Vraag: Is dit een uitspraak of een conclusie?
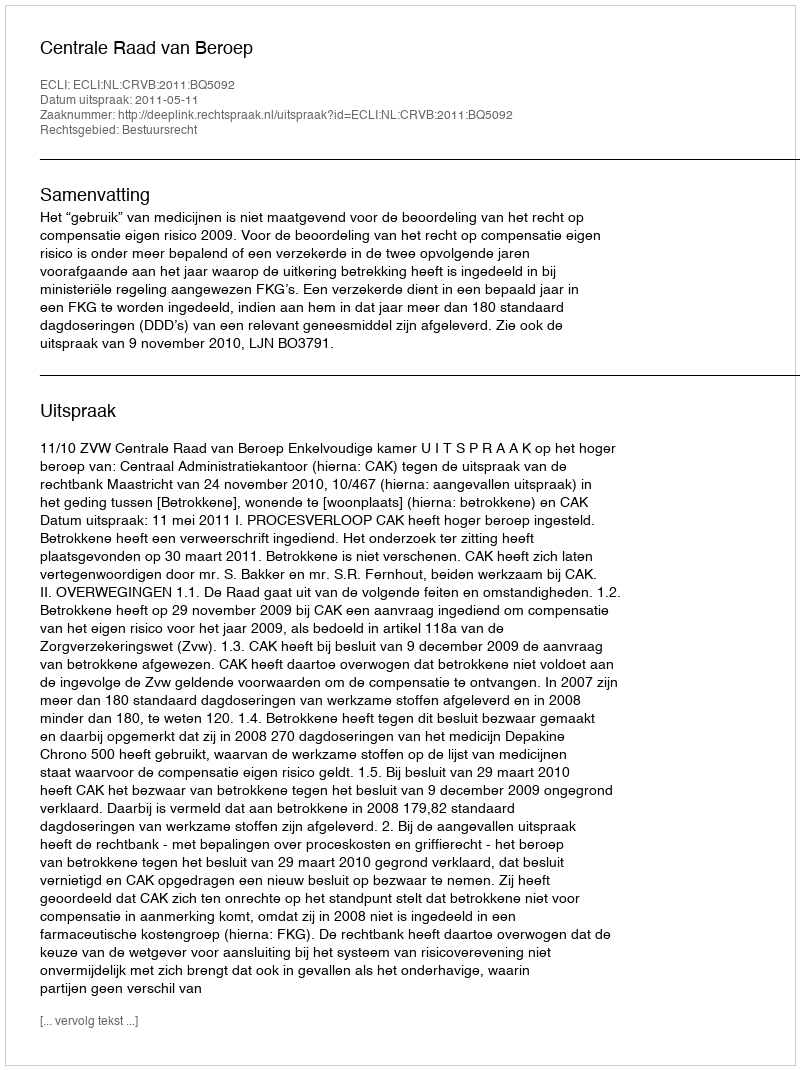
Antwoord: Uitspraak